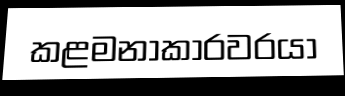
කළමනාකාරවරයා